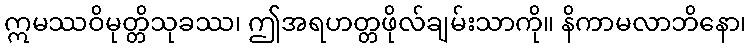
ဣမဿဝိမုတ္တိသုခဿ၊ ဤအရဟတ္တဖိုလ်ချမ်းသာကို။ နိကာမလာဘိနော၊